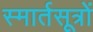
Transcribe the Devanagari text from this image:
स्मार्तसूत्रों